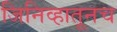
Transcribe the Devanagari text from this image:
जिनिव्हातूनच